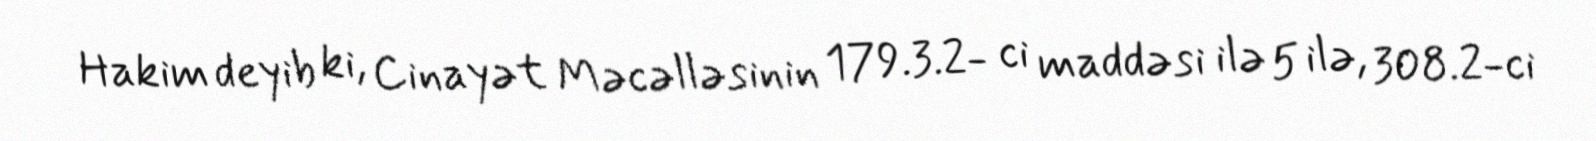
Hakim deyib ki, Cinayət Məcəlləsinin 179.3.2- ci maddəsi ilə 5 ilə, 308.2-ci